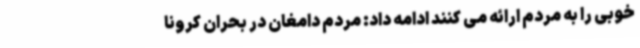
خوبی را به مردم ارائه می کنند ادامه داد: مردم دامغان در بحران کرونا